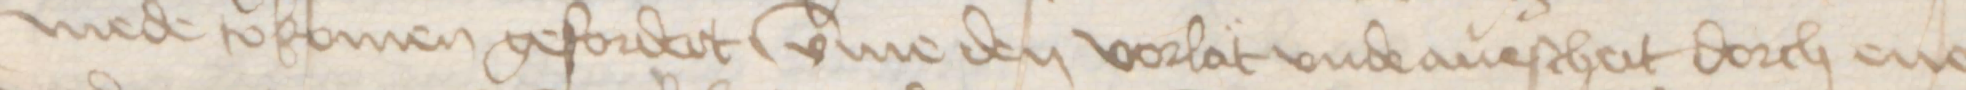
mede tokomen gefordert vmme den vorlat vnde auescheit dorch ene